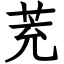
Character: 茺